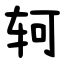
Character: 轲